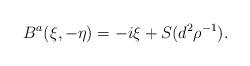
LaTeX: \begin{align*}B^a(\xi,-\eta) = -i \xi + S(d^2\rho^{-1}).\end{align*}